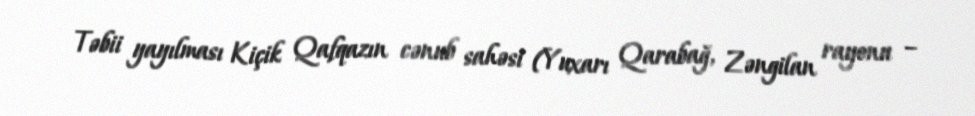
Təbii yayılması Kiçik Qafqazın cənub sahəsi (Yuxarı Qarabağ, Zəngilan rayonu –